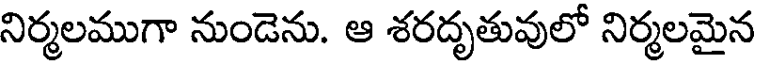
నిర్మలముగా నుండెను. ఆ శరదృతువులో నిర్మలమైన